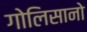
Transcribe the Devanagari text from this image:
गोलिसानो